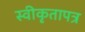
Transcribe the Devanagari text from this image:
स्वीकृतापत्र